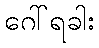
ဂေါ်ရခါး